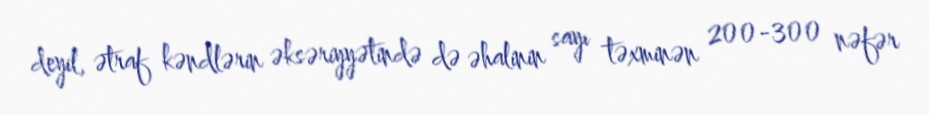
deyil, ətraf kəndlərin əksəriyyətində də əhalinin sayı təxminən 200-300 nəfər